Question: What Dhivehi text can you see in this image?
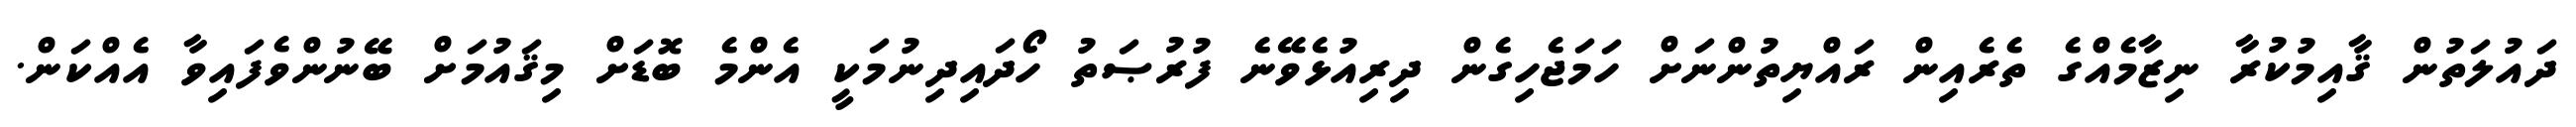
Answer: ދައުލަތުން ޤާއިމުކުރާ ނިޒާމެއްގެ ތެރެއިން ރައްޔިތުންނަށް ހަމަޖެހިގެން ދިރިއުޅެވޭނެ ފުރުޞަތު ހޯދައިދިނުމަކީ އެންމެ ބޮޑަށް މިޤައުމަށް ބޭނުންވެފައިވާ އެއްކަން.